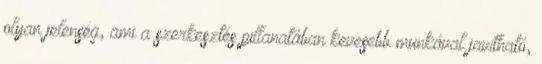
olyan jelenség, ami a szerkesztés pillanatában kevesebb munkával javítható,